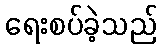
ရေးစပ်ခဲ့သည်